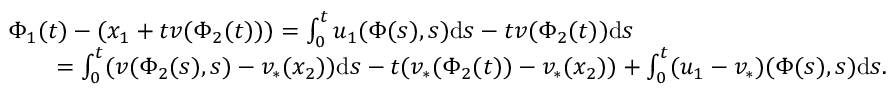
\begin{array} { r l } & { { \Phi } _ { 1 } ( t ) - ( x _ { 1 } + t v ( \Phi _ { 2 } ( t ) ) ) = \int _ { 0 } ^ { t } u _ { 1 } ( \Phi ( s ) , s ) \mathrm { d } s - t v ( \Phi _ { 2 } ( t ) ) \mathrm { d } s } \\ & { \qquad = \int _ { 0 } ^ { t } ( v ( \Phi _ { 2 } ( s ) , s ) - v _ { * } ( x _ { 2 } ) ) \mathrm { d } s - t ( v _ { * } ( \Phi _ { 2 } ( t ) ) - v _ { * } ( x _ { 2 } ) ) + \int _ { 0 } ^ { t } ( u _ { 1 } - v _ { * } ) ( \Phi ( s ) , s ) \mathrm { d } s . } \end{array}